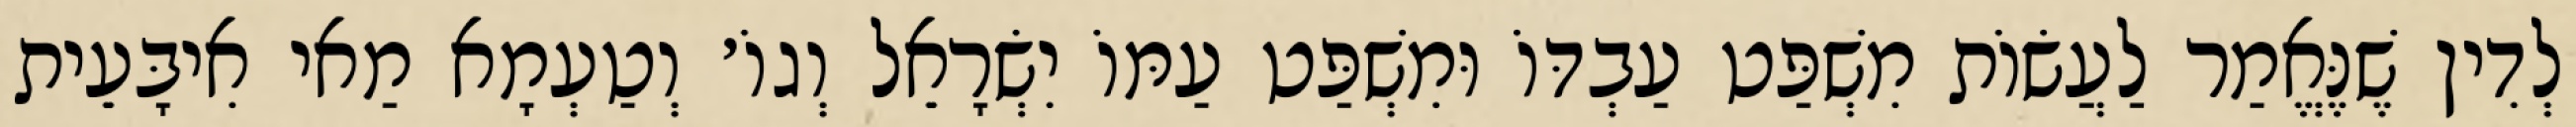
לְדִין שֶׁנֶּאֱמַר לַעֲשׂוֹת מִשְׁפַּט עַבְדּוֹ וּמִשְׁפַּט עַמּוֹ יִשְׂרָאֵל וְגוֹ׳ וְטַעְמָא מַאי אִיבָּעֵית